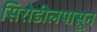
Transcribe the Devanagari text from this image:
सिरोडीलपासून